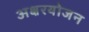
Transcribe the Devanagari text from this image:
अक्षरयोजन